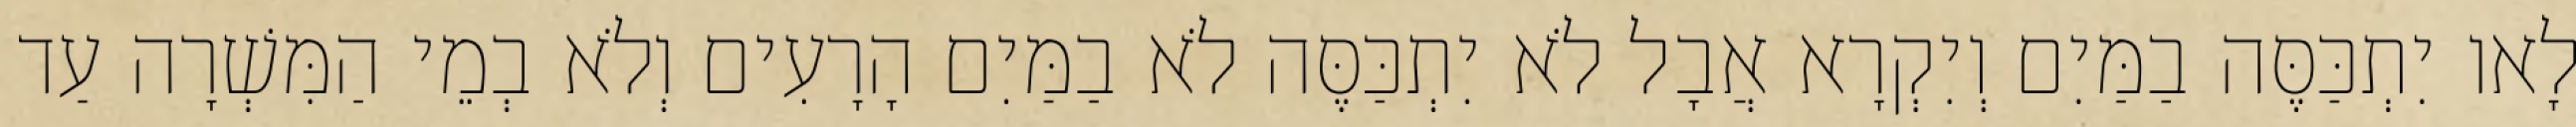
לָאו יִתְכַּסֶּה בַמַּיִם וְיִקְרָא אֲבָל לֹא יִתְכַּסֶּה לֹא בַמַּיִם הָרָעִים וְלֹא בְמֵי הַמִּשְׁרָה עַד